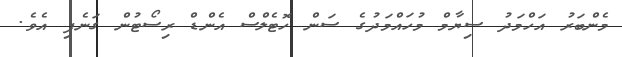
މެންބަރު އަހްމަދު ސިޔާމް މުހައްމަދުގެ ސަން ހޮޓެލްސް އެންޑް ރިސޯޓުން ގަނެފި އެވެ.